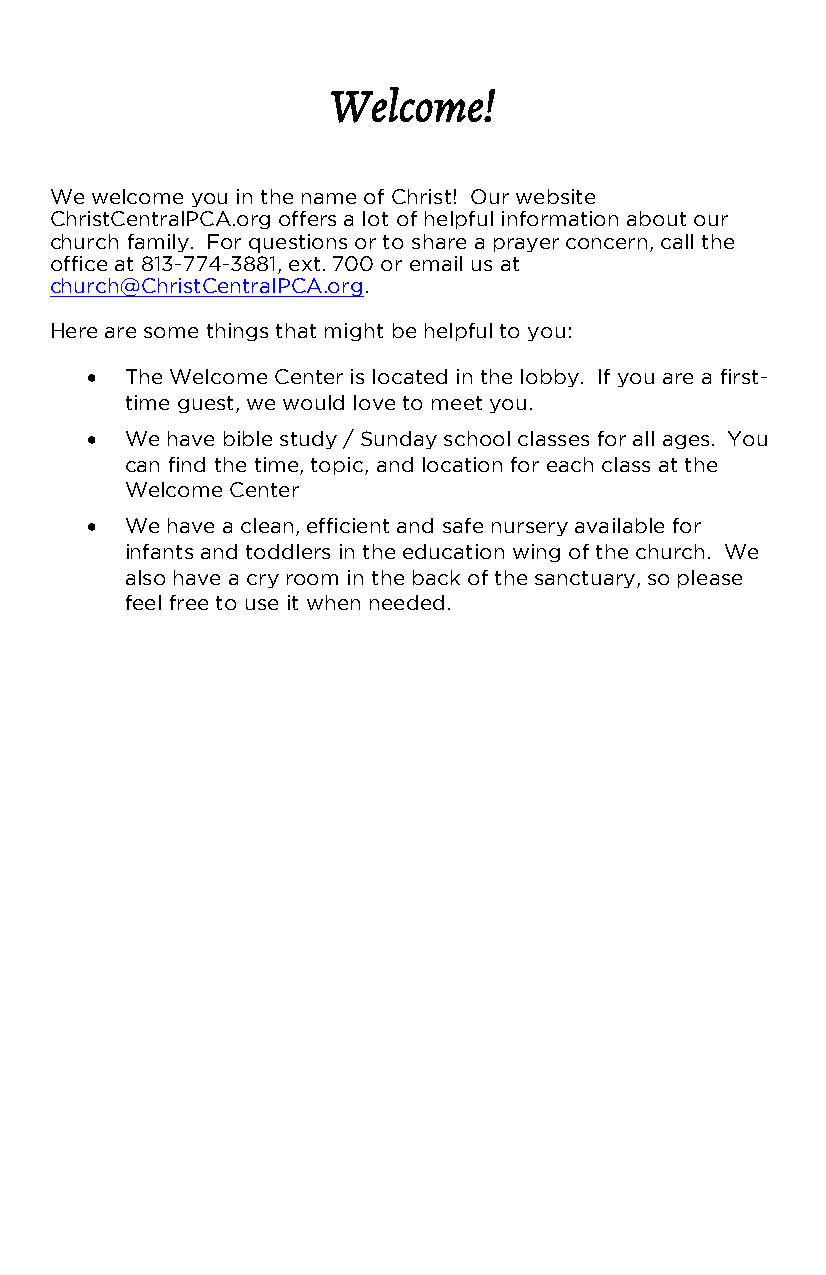
Welcome!
 We welcome you in the name of Christ! Our website
 ChristCentralPCA.org offers a lot of helpful information about our
 church family. For questions or to share a prayer concern, call the
 office at 813-774-3881, ext. 700 or email us at
 church@ChristCentralPCA.org.
 Here are some things that might be helpful to you:
  The Welcome Center is located in the lobby. If you are a first-
 time guest, we would love to meet you.
  We have bible study / Sunday school classes for all ages. You
 can find the time, topic, and location for each class at the
 Welcome Center
  We have a clean, efficient and safe nursery available for
 infants and toddlers in the education wing of the church. We
 also have a cry room in the back of the sanctuary, so please
 feel free to use it when needed.